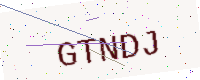
Text: GTNDJ